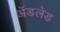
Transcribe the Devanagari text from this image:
अॅडलेड